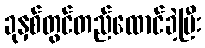
ခုနှစ်တွင်တည်ထောင်ခဲ့ပြီး